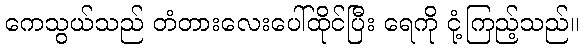
ကေသွယ်သည် တံတားလေးပေါ်ထိုင်ပြီး ရေကို ငုံ့ကြည့်သည်။